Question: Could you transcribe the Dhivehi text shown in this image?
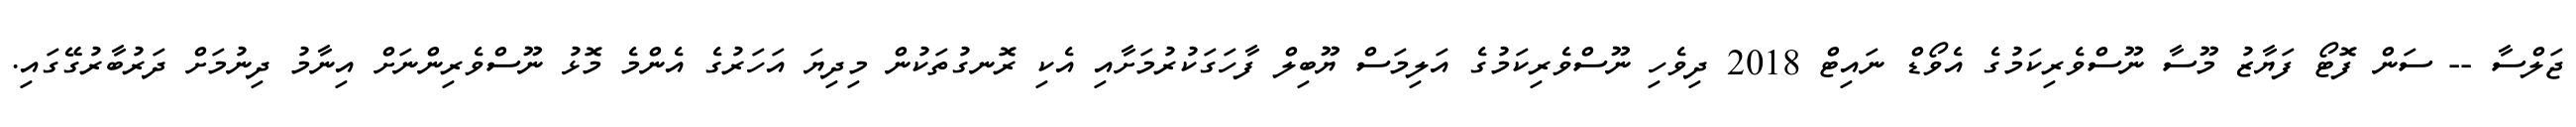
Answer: ޖަލްސާ -- ސަން ފޮޓޯ ފަޔާޒު މޫސާ ނޫސްވެރިކަމުގެ އެވޯޑް ނައިޓް 2018 ދިވެހި ނޫސްވެރިކަމުގެ އަލިމަސް ޔޫބިލް ފާހަގަކުރުމަށާއި އެކި ރޮނގުތަކުން މިދިޔަ އަހަރުގެ އެންމެ މޮޅު ނޫސްވެރިންނަށް އިނާމު ދިނުމަށް ދަރުބާރުގޭގައި.